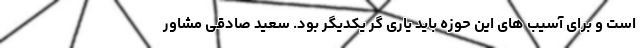
است و برای آسیب های این حوزه باید یاری گر یکدیگر بود. سعید صادقی مشاور